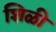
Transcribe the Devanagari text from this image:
शिळी